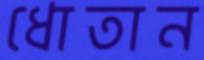
ধোতান